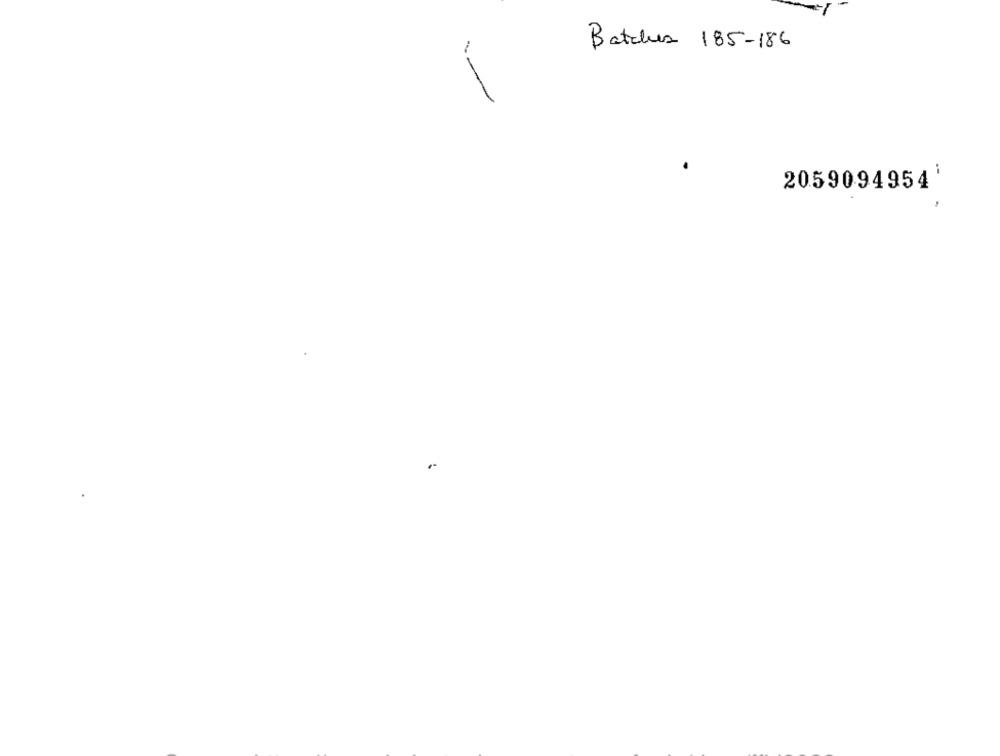
Batches 185-186
2059094954
..